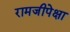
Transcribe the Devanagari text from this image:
रामजीपेक्षा